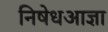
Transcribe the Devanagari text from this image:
निषेधआज्ञा